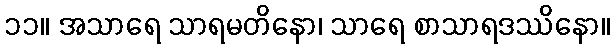
၁၁။ အသာရေ သာရမတိနော၊ သာရေ စာသာရဒဿိနော။